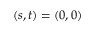
( s , t ) = ( 0 , 0 )